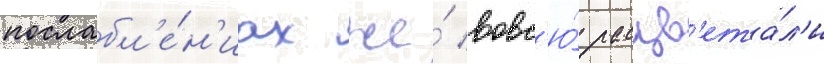
послабл'е́н'иах же́ вовс'ю́ расцв'ета́л'и